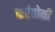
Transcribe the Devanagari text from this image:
करंबोळी